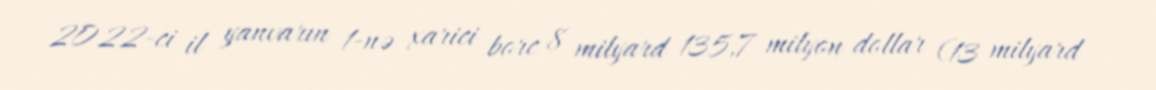
2022-ci il yanvarın 1-nə xarici borc 8 milyard 135,7 milyon dollar (13 milyard